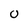
Character: 0